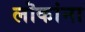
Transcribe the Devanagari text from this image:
लॊकांना